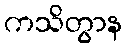
ကသိတွာန